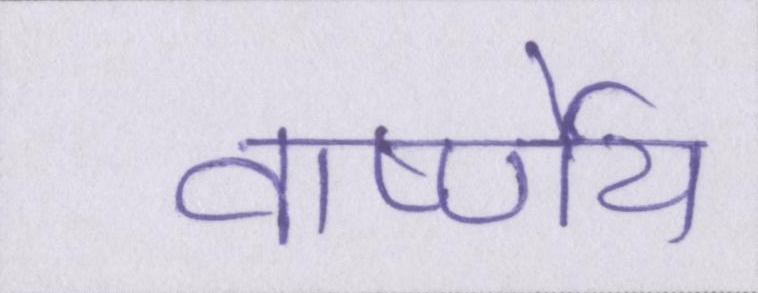
वार्ष्णेय